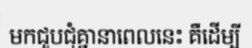
មកជួបជុំគ្នានាពេលនេះ គឺដើម្បី